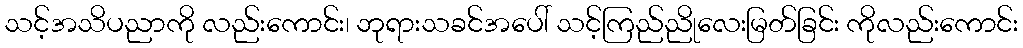
သင့်အသိပညာကို လည်းကောင်း၊ ဘုရားသခင်အပေါ် သင့်ကြည်ညိုလေးမြတ်ခြင်း ကိုလည်းကောင်း